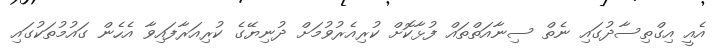
އެއީ އިގްތިސާދުގައި ނެތް ސިނާއަތްތައް ފުޅާކޮށް ކުރިއެރުވުމަށް ދުނިޔޭގެ ކުރިއަރާފައިވާ އެހެން ގައުމުތަކުގައި